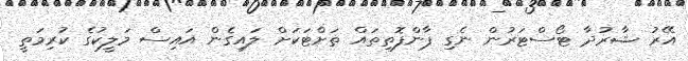
އޭރު ޝާރުދާ ޓޯސްޓަރުން ނެގި ޕާންފޮތިތައް ތަށްޓަކަށް ލައިގެން އައިސް މަލީކުގެ ކުރިމަތީ